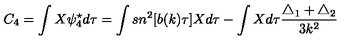
C _ { 4 } = \int X \psi _ { 4 } ^ { \star } d \tau = \int s n ^ { 2 } [ b ( k ) \tau ] X d \tau - \int X d \tau \frac { \triangle _ { 1 } + \triangle _ { 2 } } { 3 k ^ { 2 } }